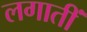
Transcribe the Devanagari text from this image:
लगातीं